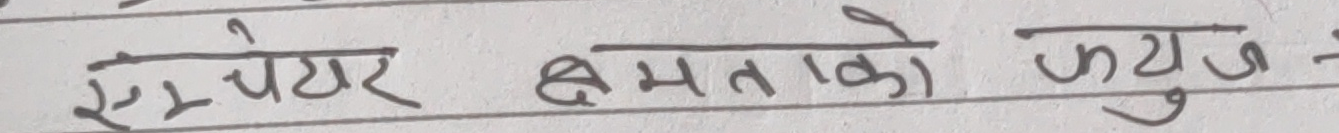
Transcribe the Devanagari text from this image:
एम्पियर क्षमताको फ्यूज